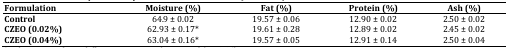
<table><thead><tr><td><b>Formulation</b></td><td><b>Moisture (%)</b></td><td><b>Fat (%)</b></td><td><b>Protein (%)</b></td><td><b>Ash (%)</b></td></tr></thead><tbody><tr><td><b>Control</b></td><td>64.9 ± 0.02</td><td>19.57 ± 0.06</td><td>12.90 ± 0.02</td><td>2.50 ± 0.02</td></tr><tr><td><b>CZEO (0.02%)</b></td><td>62.93 ± 0.17*</td><td>19.61 ± 0.28</td><td>12.89 ± 0.02</td><td>2.45 ± 0.02</td></tr><tr><td><b>CZEO (0.04%)</b></td><td>63.04 ± 0.16*</td><td>19.57 ± 0.05</td><td>12.91 ± 0.14</td><td>2.50 ± 0.04</td></tr></tbody></table>